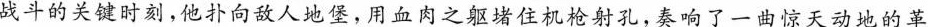
战斗的关键时刻，他扑向敌人地堡，用血肉之躯堵住机枪射孔，奏响了一曲惊天动地的革